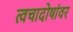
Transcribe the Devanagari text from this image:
त्वचादोषांवर